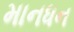
માનધન